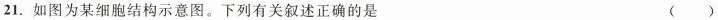
21. 如图为某细胞结构示意图。下列有关叙述正确的是 （ ）